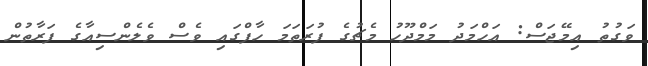
ވަގުތު އިމޭޖަސް: އަހްމަދު މަމްދޫހު މެޗުގެ ފުރަތަމަ ހާފްގައި ވެސް ވެލެންސިއާގެ ފަރާތުން